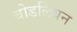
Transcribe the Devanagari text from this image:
बोडलियन